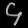
Digit: ၄